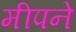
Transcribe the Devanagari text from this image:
मीपने